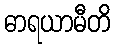
ဓာရယာမီတိ